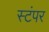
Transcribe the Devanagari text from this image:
स्टंपर